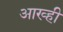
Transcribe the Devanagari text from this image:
आख्ही